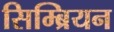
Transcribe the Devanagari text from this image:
सिम्ब्रियन